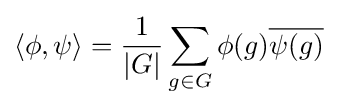
\langle \phi ,\psi \rangle ={\frac {1}{|G|}}\sum _{g\in G}\phi (g){\overline {\psi (g)}}